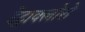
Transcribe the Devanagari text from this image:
टेट्राक्लोरो